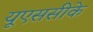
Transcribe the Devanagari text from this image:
यूएससीके